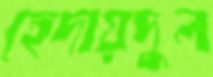
হেদায়দুল